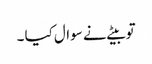
تو بیٹے نے سوال کیا ۔